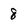
Character: 8